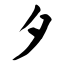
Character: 夕